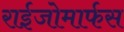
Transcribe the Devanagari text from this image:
राईजोमार्फस